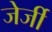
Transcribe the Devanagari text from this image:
जेर्जी